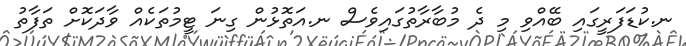
ނ.ކުޑަފަރީގައި ބޭއްވި މި ދެ މުބާރާތުގައިވެސް ނ.އަތޮޅުން ގިނަ ޓީމުތަކެއް ވާދަކޮށް ތަފާތު